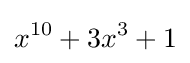
x^{10}+3x^{3}+1